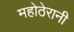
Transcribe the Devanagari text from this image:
महोठेरानी